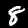
Label: 8